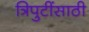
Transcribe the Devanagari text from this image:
त्रिपुटींसाठी